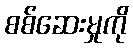
စစ်ဆေးမှုကို